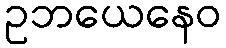
ဥဘယေနေဝ